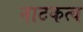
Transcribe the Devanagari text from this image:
नाटकत्व